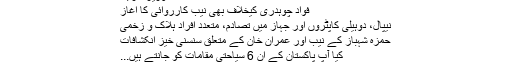
وزیرخارجہ
فواد چوہدری کیخلاف بھی نیب کارروائی کا آغاز
نیپال، دوہیلی کاپٹروں اور جہاز میں تصادم، متعدد افراد ہلاک و زخمی
حمزہ شہباز کے نیب اور عمران خان کے متعلق سنسنی خیز انکشافات
کیا آپ پاکستان کے ان 6 سیاحتی مقامات کو جانتے ہیں...
اسدعمر کے استعفے نے عمران خان کی نااہلی پر مہر ثبت...